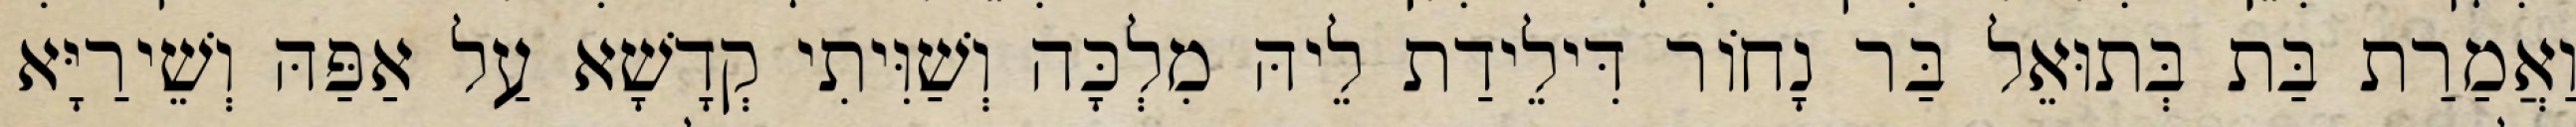
וַאֲמַרַת בַּת בְּתוּאֵל בַּר נָחוֹר דִּילֵידַת לֵיהּ מִלְכָּה וְשַׁוִּיתִי קְדָשָׁא עַל אַפַּהּ וְשֵׁירַיָּא